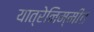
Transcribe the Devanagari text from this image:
यात्रेनिम्मीत